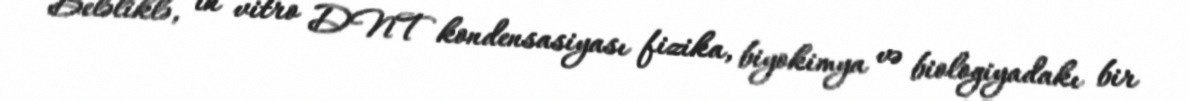
Beləliklə, in vitro DNT kondensasiyası fizika, biyokimya və biologiyadakı bir